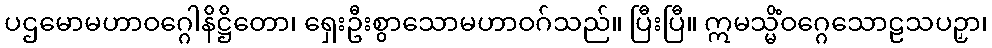
ပဌမောမဟာဝဂ္ဂေါနိဋ္ဌိတော၊ ရှေးဦးစွာသောမဟာဝဂ်သည်။ ပြီးပြီ။ ဣမသ္မိံဝဂ္ဂေသောဠသပဉှာ၊